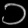
Digit: ၁